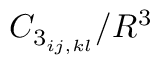
C _ { 3 _ { i j , k l } } / { R ^ { 3 } }